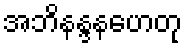
အဘိနန္ဒနဟေတု